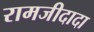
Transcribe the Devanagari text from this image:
रामजीदादा